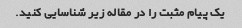
یک پیام مثبت را در مقاله زیر شناسایی کنید.